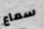
سماع